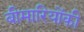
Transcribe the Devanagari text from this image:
बीमारियोंकी